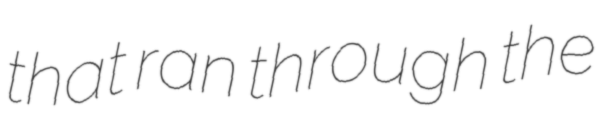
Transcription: that ran through the